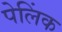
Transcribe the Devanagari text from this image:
पेलिंक